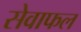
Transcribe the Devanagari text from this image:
सेवाफल